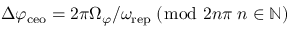
\Delta \varphi _ { \mathrm { c e o } } = 2 \pi \Omega _ { \varphi } / \omega _ { \mathrm { r e p } } \; ( \bmod \; 2 n \pi \; n \in \mathbb { N } )